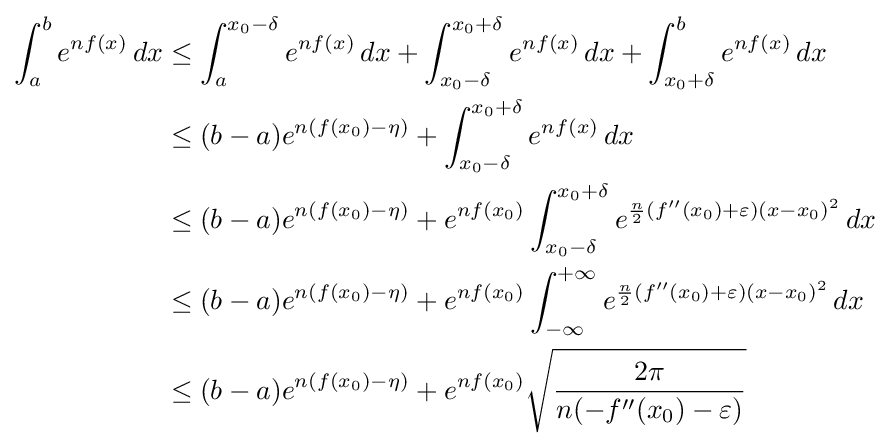
{\begin{aligned}\int _{a}^{b}e^{nf(x)}\,dx&\leq \int _{a}^{x_{0}-\delta }e^{nf(x)}\,dx+\int _{x_{0}-\delta }^{x_{0}+\delta }e^{nf(x)}\,dx+\int _{x_{0}+\delta }^{b}e^{nf(x)}\,dx\\&\leq (b-a)e^{n(f(x_{0})-\eta )}+\int _{x_{0}-\delta }^{x_{0}+\delta }e^{nf(x)}\,dx\\&\leq (b-a)e^{n(f(x_{0})-\eta )}+e^{nf(x_{0})}\int _{x_{0}-\delta }^{x_{0}+\delta }e^{{\frac {n}{2}}(f''(x_{0})+\varepsilon )(x-x_{0})^{2}}\,dx\\&\leq (b-a)e^{n(f(x_{0})-\eta )}+e^{nf(x_{0})}\int _{-\infty }^{+\infty }e^{{\frac {n}{2}}(f''(x_{0})+\varepsilon )(x-x_{0})^{2}}\,dx\\&\leq (b-a)e^{n(f(x_{0})-\eta )}+e^{nf(x_{0})}{\sqrt {\frac {2\pi }{n(-f''(x_{0})-\varepsilon )}}}\end{aligned}}